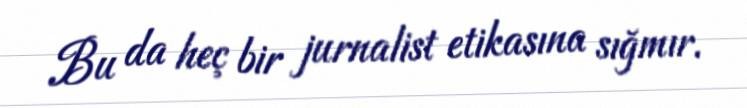
Bu da heç bir jurnalist etikasına sığmır.